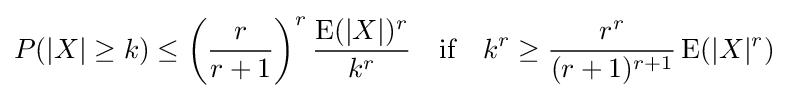
P(|X|\geq k)\leq \left({\frac {r}{r+1}}\right)^{r}{\frac {\operatorname {E} (|X|)^{r}}{k^{r}}}\quad {\text{if}}\quad k^{r}\geq {\frac {r^{r}}{(r+1)^{r+1}}}\operatorname {E} (|X|^{r})